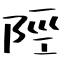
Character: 陘